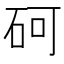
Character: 砢